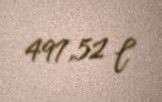
497,52 l